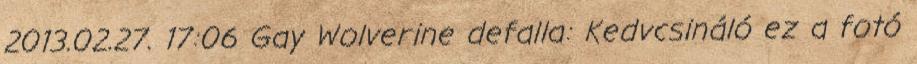
2013.02.27. 17:06 Gay Wolverine defalla: Kedvcsináló ez a fotó